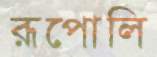
রূপোলি